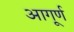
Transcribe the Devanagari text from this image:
आगूर्ण